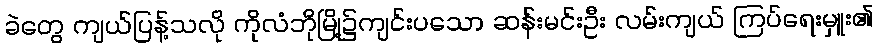
ခဲတွေ ကျယ်ပြန့်သလို ကိုလံဘိုမြို့၌ကျင်းပသော ဆန်းမင်းဦး လမ်းကျယ် ကြပ်ရေးမှူး၏